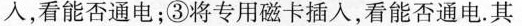
入，看能否通电；③将专用磁卡插入，看能否通电。其中可行的方法是 ()